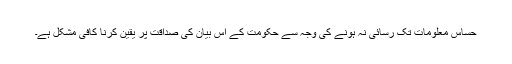
حساس معلومات تک رسائی نہ ہونے کی وجہ سے حکومت کے اس بیان کی صداقت پر یقین کرنا کافی مشکل ہے۔